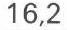
16,2